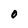
Character: 0